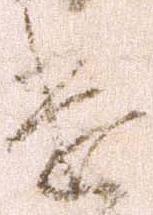
遣